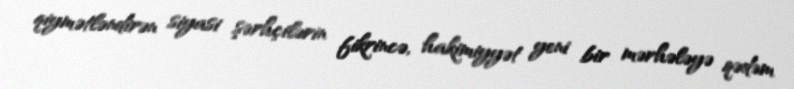
qiymətləndirən siyasi şərhçilərin fikrincə, hakimiyyət yeni bir mərhələyə qədəm